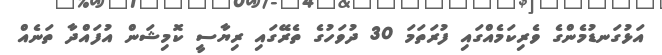
އަޅުގަނޑުމެންގެ ވެރިކަމެއްގައި ފުރަތަމަ 30 ދުވަހުގެ ތެރޭގައި ރިޔާސީ ކޮމިޝަން އުފައްދާ ތަނެއް